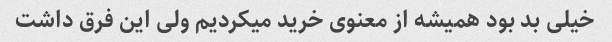
خیلی بد بود همیشه از معنوی خرید میکردیم ولی این فرق داشت